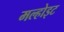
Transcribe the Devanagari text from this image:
मल्होइट